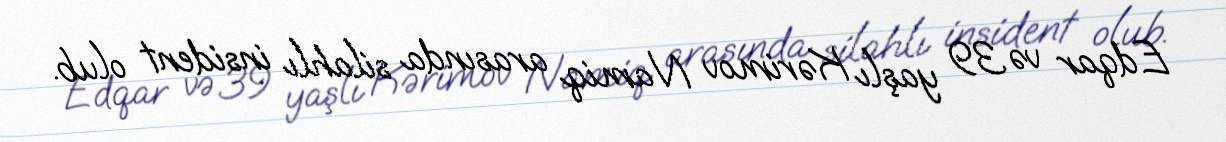
Edqar və 39 yaşlı Kərimov Namiq arasında silahlı insident olub.